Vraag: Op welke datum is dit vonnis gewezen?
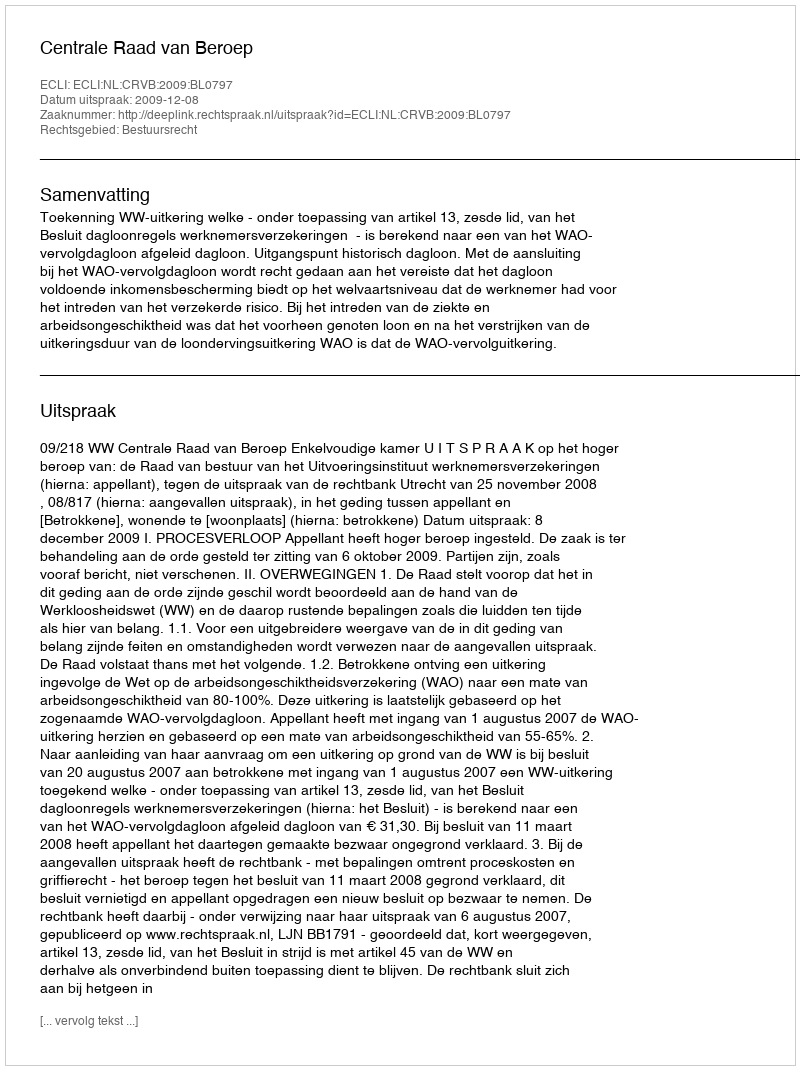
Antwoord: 2009-12-08